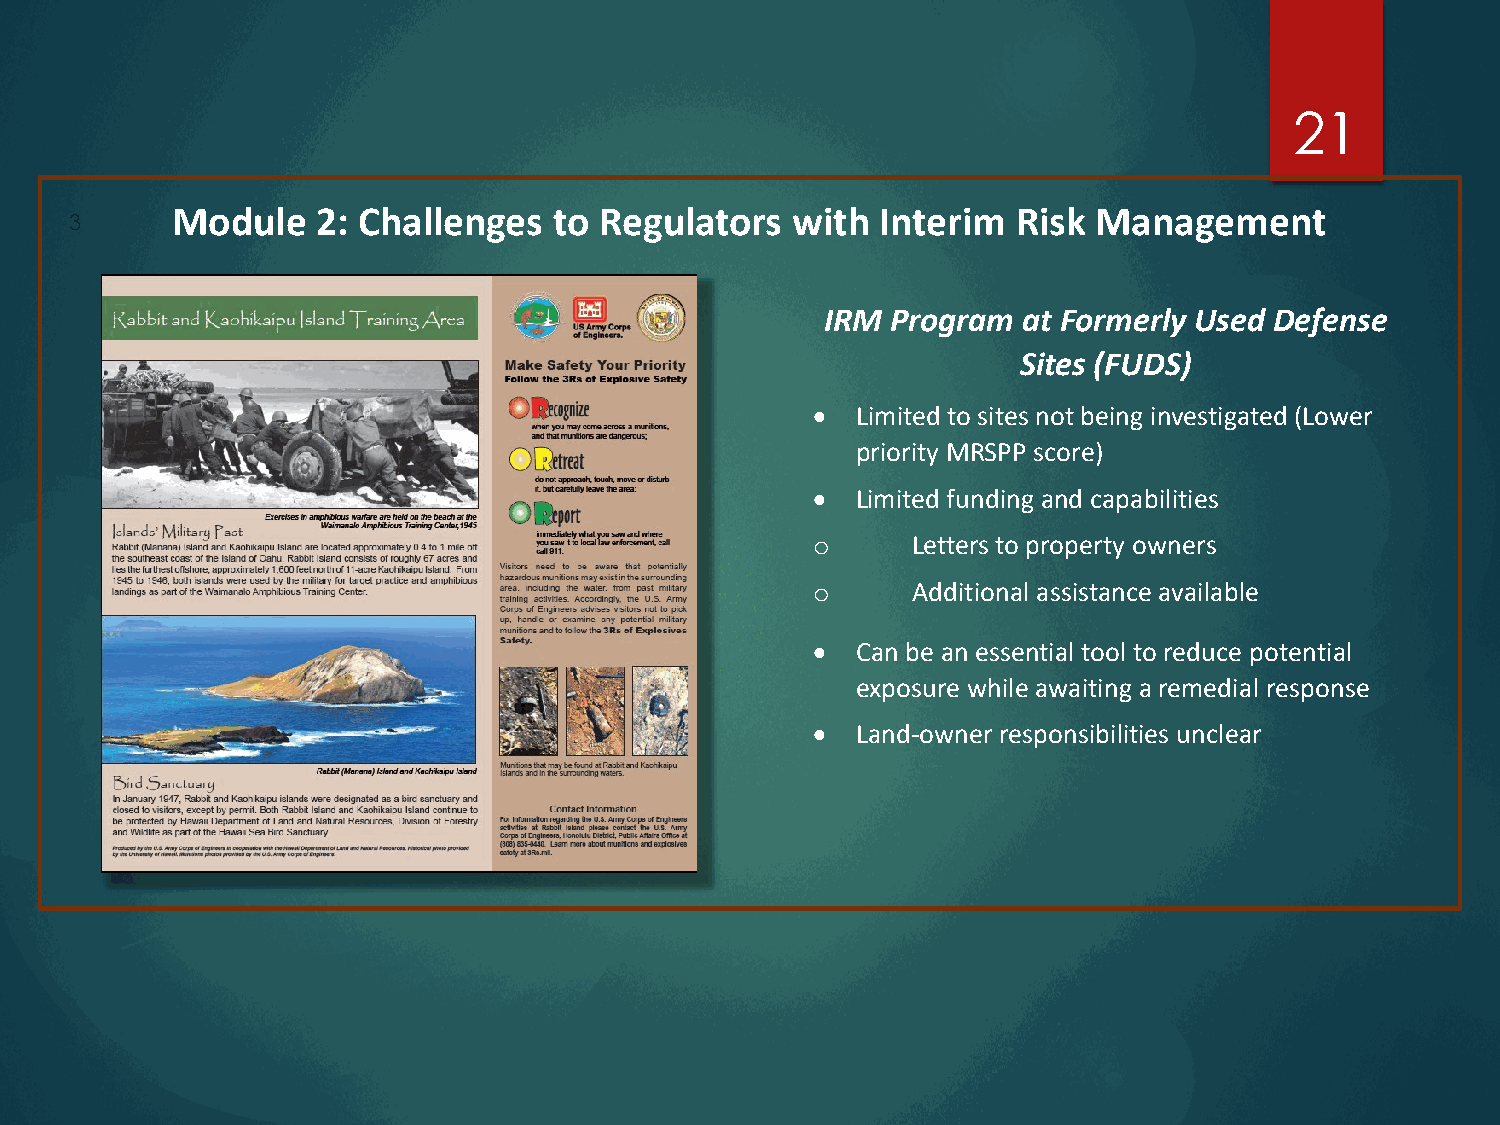
21
 Module    2: Challenges   to Regulators  with  Interim  Risk  Management
 3
 IRM Program  at Formerly Used Defense
 Sites (FUDS)
 •  Limited to sites not being investigated (Lower
 priority MRSPP score)
 •  Limited funding and capabilities
 Letters to property owners
 o
 Additional assistance available
 o
 •  Can be an essential tool to reduce potential
 exposure while awaiting a remedial response
 •  Land-owner responsibilities unclear